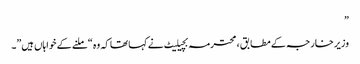
”
وزیر خارجہ کے مطابق ، محترمہ بچیلیٹ نے کہا تھا کہ وہ “ملنے کے خواہاں ہیں”۔